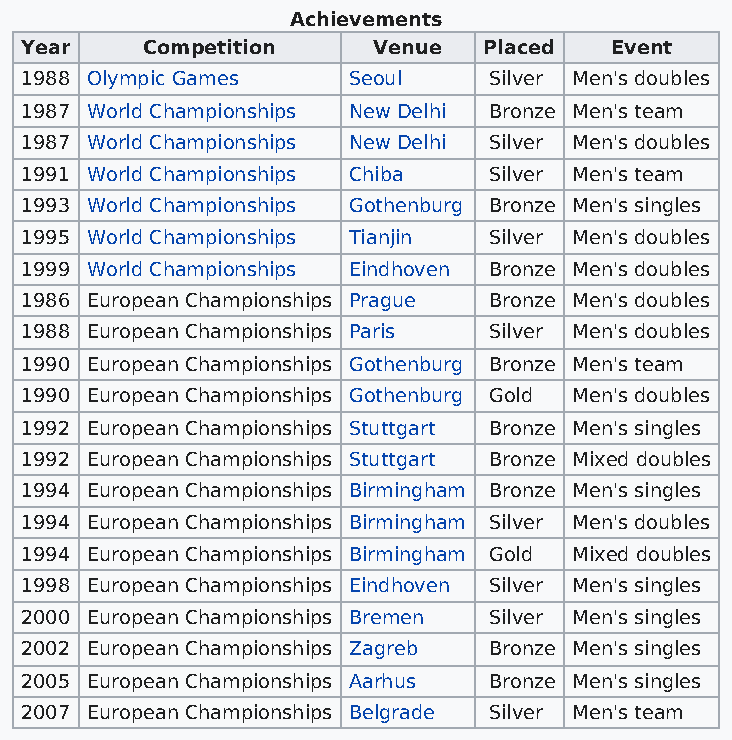
Achievements
 Year    Competition     Venue  Placed  Event
 1988 Olympic Games    Seoul    Silver Men's doubles
 1987 World Championships New Delhi Bronze Men's team
 1987 World Championships New Delhi Silver Men's doubles
 1991 World Championships Chiba Silver Men's team
 1993 World Championships Gothenburg Bronze Men's singles
 1995 World Championships Tianjin Silver Men's doubles
 1999 World Championships Eindhoven Bronze Men's doubles
 1986 European Championships Prague Bronze Men's doubles
 1988 European Championships Paris Silver Men's doubles
 1990 European Championships Gothenburg Bronze Men's team
 1990 European Championships Gothenburg Gold Men's doubles
 1992 European Championships Stuttgart Bronze Men's singles
 1992 European Championships Stuttgart Bronze Mixed doubles
 1994 European Championships Birmingham Bronze Men's singles
 1994 European Championships Birmingham Silver Men's doubles
 1994 European Championships Birmingham Gold Mixed doubles
 1998 European Championships Eindhoven Silver Men's singles
 2000 European Championships Bremen Silver Men's singles
 2002 European Championships Zagreb Bronze Men's singles
 2005 European Championships Aarhus Bronze Men's singles
 2007 European Championships Belgrade Silver Men's team